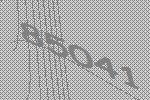
85041